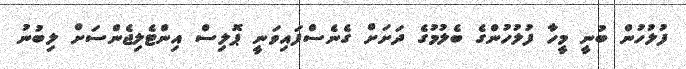
ފުލުހުން ބުނީ މީހާ ފުލުހުންގެ ބެލުމުގެ ދަށަށް ގެނެސްފައިވަނީ ޕޮލިސް އިންޓެލިޖެންސަށް ލިބުނު